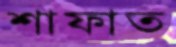
শাফাত